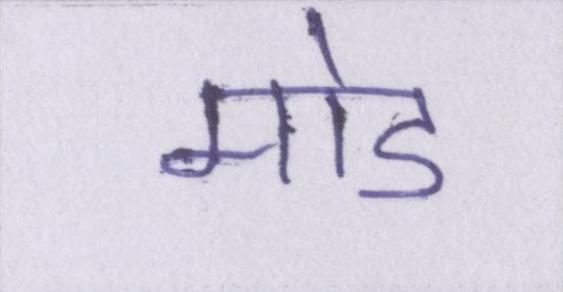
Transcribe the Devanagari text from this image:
मोड